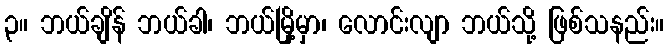
၃။ ဘယ်ချိန် ဘယ်ခါ၊ ဘယ်မြို့မှာ၊ လောင်းလျာ ဘယ်သို့ ဖြစ်သနည်း။